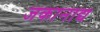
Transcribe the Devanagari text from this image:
जकानाद्य